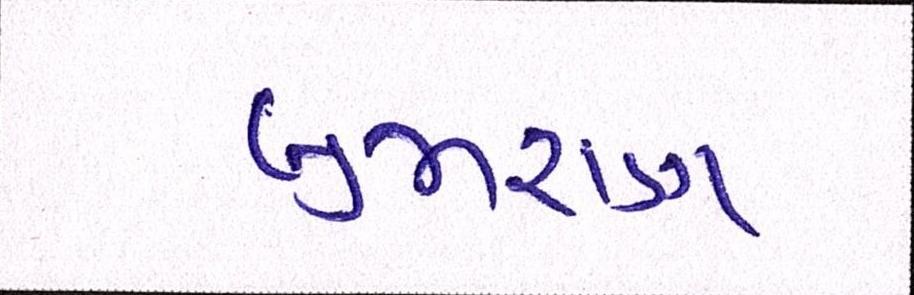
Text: બુમરાણ